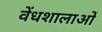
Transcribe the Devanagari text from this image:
वेंधशालाओं